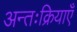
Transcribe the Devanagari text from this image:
अन्तःक्रियाएँ